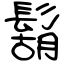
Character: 鬍